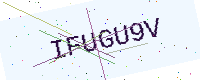
Text: IFUGU9V